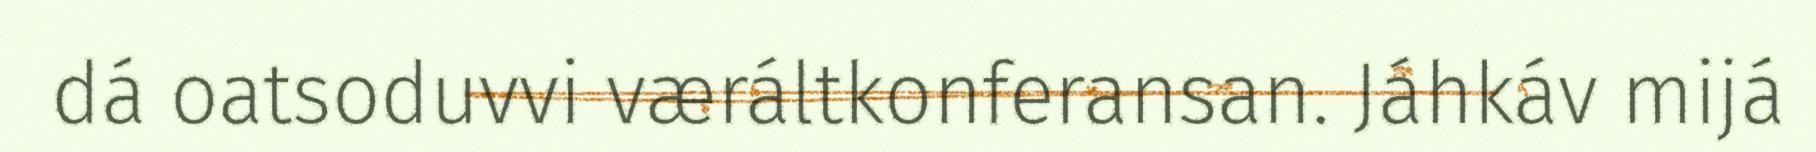
dá oatsoduvvi væráltkonferansan. Jáhkáv mijá